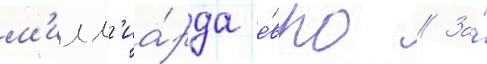
м'илл'иа́рда е́вро // За́